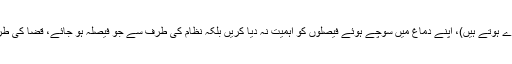
پس ہر احمدی کو یہ یاد رکھنا چاہئے کہ جھگڑوں کی صورت میں،(جو ذاتی جھگڑے ہوتے ہیں)، اپنے دماغ میں سوچے ہوئے فیصلوں کو اہمیت نہ دیا کریں بلکہ نظام کی طرف سے جو فیصلہ ہو جائے، قضا کی طرف سے ہوجائے جو کئی مرحلوں میں سے گزرنے کے بعدہوتاہے اسے اہمیت دیں۔